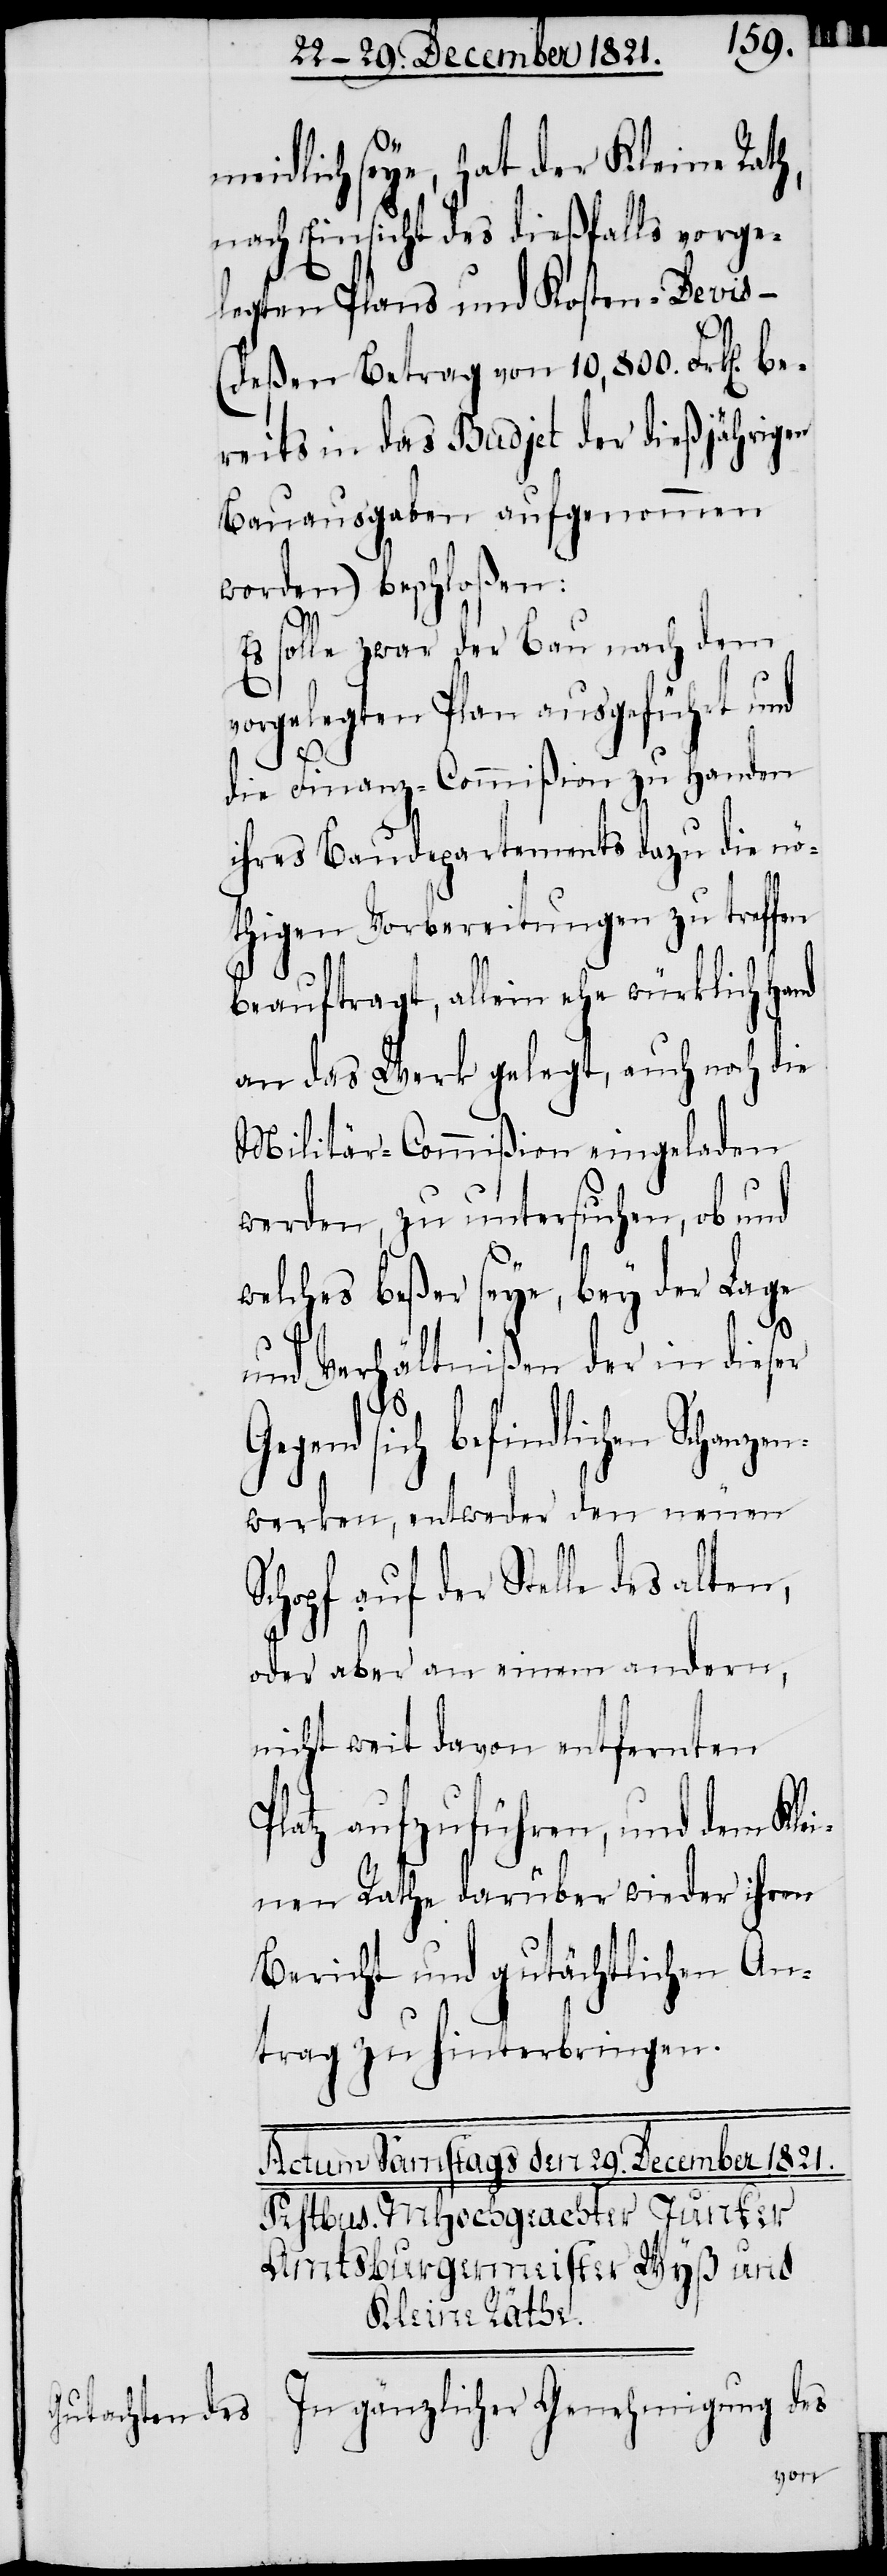
In gänzlicher Genehmigung des